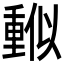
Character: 𠏳